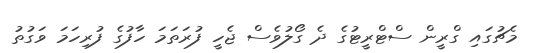
މެޗުގައި ގްރީން ސްޓްރީޓުގެ ދެ ގޯލުވެސް ޖެހީ ފުރަތަމަ ހާފުގެ ފުރިހަމަ ވަގުތު